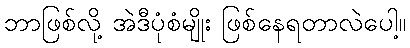
ဘာဖြစ်လို့ အဲဒီပုံစံမျိုး ဖြစ်နေရတာလဲပေါ့။